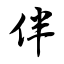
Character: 伴